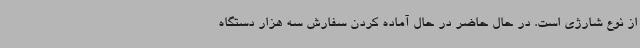
از نوع شارژی است. در حال حاضر در حال آماده کردن سفارش سه هزار دستگاه